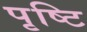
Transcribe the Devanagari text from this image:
पृष्टि